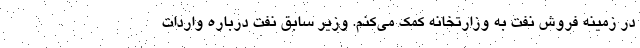
در زمینه فروش نفت به وزارتخانه کمک می‌کنم. وزیر سابق نفت درباره واردات